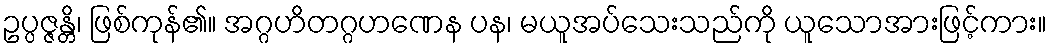
ဥပ္ပဇ္ဇန္တိ၊ ဖြစ်ကုန်၏။ အဂ္ဂဟိတဂ္ဂဟဏေန ပန၊ မယူအပ်သေးသည်ကို ယူသောအားဖြင့်ကား။